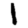
Digit: 1